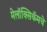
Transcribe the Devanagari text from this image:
मेलॉक्सिकॅमचे